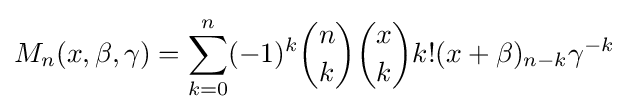
M_{n}(x,\beta ,\gamma )=\sum _{k=0}^{n}(-1)^{k}{n \choose k}{x \choose k}k!(x+\beta )_{n-k}\gamma ^{-k}